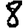
Digit: 8